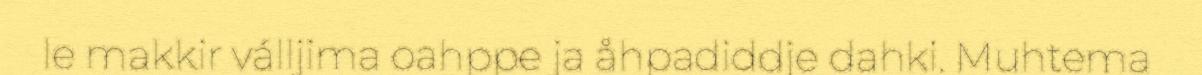
le makkir válljima oahppe ja åhpadiddje dahki. Muhtema